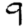
Digit: 9